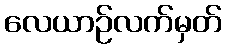
လေယာဉ်လက်မှတ်